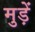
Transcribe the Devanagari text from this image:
मुड़ें